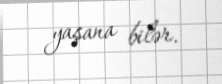
yaşana bilər.